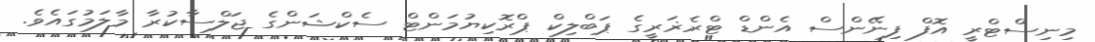
މިނިސްޓްރީ އޮފް ފިނޭންސް އެންޑް ޓްރެޜަރީގެ ޕަބްލިކް ޕްރޮކިޔުމަންޓް ސެކްޝަންގެ ޖަލްސާކުރާ މާލަމުގައެވެ.